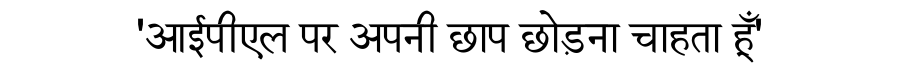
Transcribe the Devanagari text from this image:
'आईपीएल पर अपनी छाप छोड़ना चाहता हूँ'